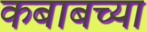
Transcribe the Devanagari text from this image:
कबाबच्या